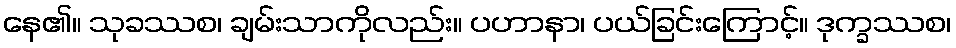
နေ၏။ သုခဿစ၊ ချမ်းသာကိုလည်း။ ပဟာနာ၊ ပယ်ခြင်းကြောင့်။ ဒုက္ခဿစ၊